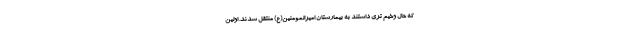
که حال وخیم تری داشتند به بیمارستان امیرالمومنین(ع) منتقل شدند. اولین